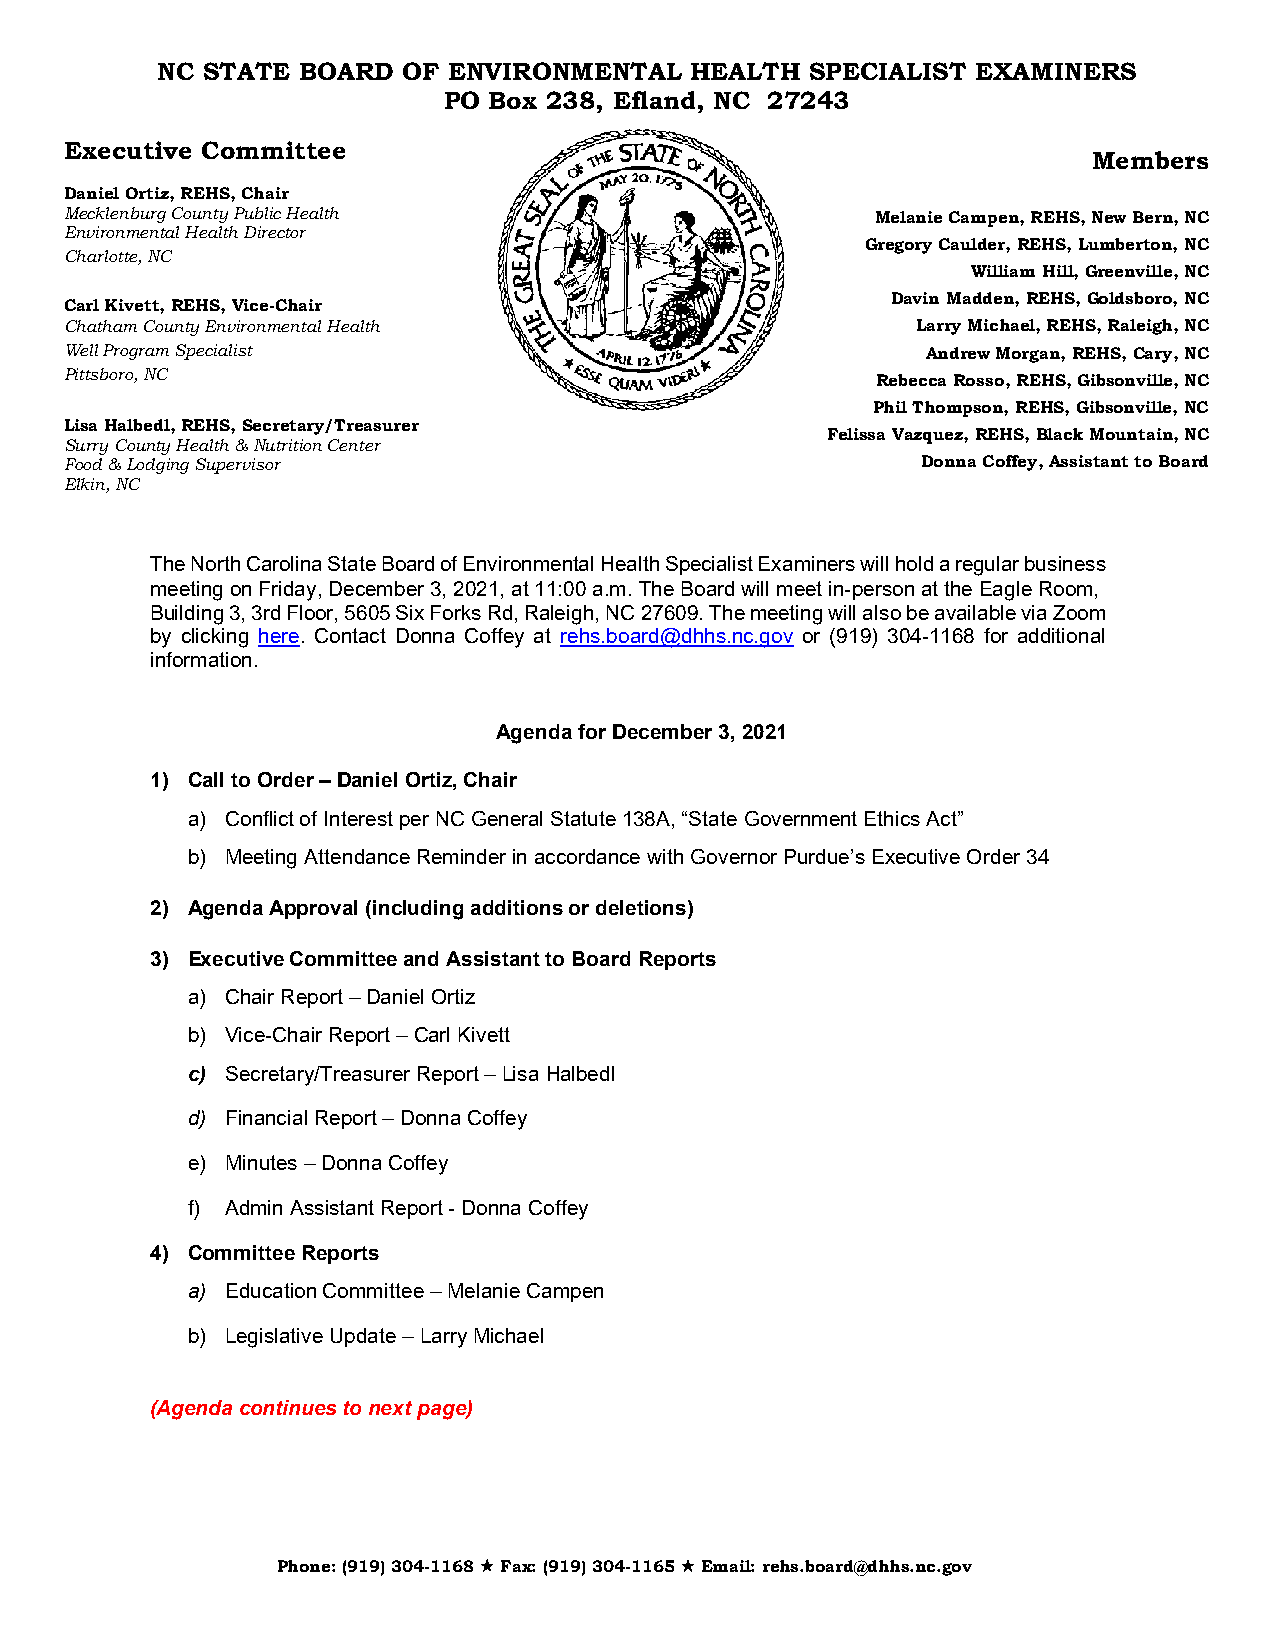
NC STATE  BOARD  OF ENVIRONMENTAL   HEALTH  SPECIALIST EXAMINERS
 PO Box 238, Efland, NC 27243
 Executive Committee
 Members
 Daniel Ortiz, REHS, Chair
 Mecklenburg County Public Health                      Melanie Campen, REHS, New Bern, NC
 Environmental Health Director
 Gregory Caulder, REHS, Lumberton, NC
 Charlotte, NC
 P                                           William Hill, Greenville, NC
 Carl Kivett, REHS, Vice-Chai r
 Davin Madden, REHS, Goldsboro, NC
 Chatham County Environmenta l Health                     Larry Michael, REHS, Raleigh, NC
 Well Program Specialist                                  Andrew Morgan, REHS, Cary, NC
 Pittsboro, NC
 Rebecca Rosso, REHS, Gibsonville, NC
 Phil Thompson, REHS, Gibsonville, NC
 Lisa Halbedl, REHS, Secretar y/Treasurer
 Felissa Vazquez, REHS, Black Mountain, NC
 Surry County Health & Nutrition Center
 Food & Lodging Supervisor                                Donna Coffey, Assistant to Board
 Elkin, NC
 The North Carolina State Board of Environmental Health Specialist Examiners will hold a regular business
 meeting on Friday, December 3, 2021, at 11:00 a.m. The Board will meet in-person at the Eagle Room,
 Building 3, 3rd Floor, 5605 Six Forks Rd, Raleigh, NC 27609. The meeting will also be available via Zoom
 by clicking here. Contact Donna Coffey at rehs.board@dhhs.nc.gov or (919) 304-1168 for additional
 information.
 Agenda for December 3, 2021
 1) Call to Order – Daniel Ortiz, Chair
 a) Conflict of Interest per NC General Statute 138A, “State Government Ethics Act”
 b) Meeting Attendance Reminder in accordance with Governor Purdue’s Executive Order 34
 2) Agenda Approval (including additions or deletions)
 3) Executive Committee and Assistant to Board Reports
 a) Chair Report – Daniel Ortiz
 b) Vice-Chair Report – Carl Kivett
 c) Secretary/Treasurer Report – Lisa Halbedl
 d) Financial Report – Donna Coffey
 e) Minutes – Donna Coffey
 f) Admin Assistant Report - Donna Coffey
 4) Committee Reports
 a) Education Committee – Melanie Campen
 b) Legislative Update – Larry Michael
 (Agenda continues to next page)
 Phone: (919) 304-1168  Fax: (919) 304-1165  Email: rehs.board@dhhs.nc.gov